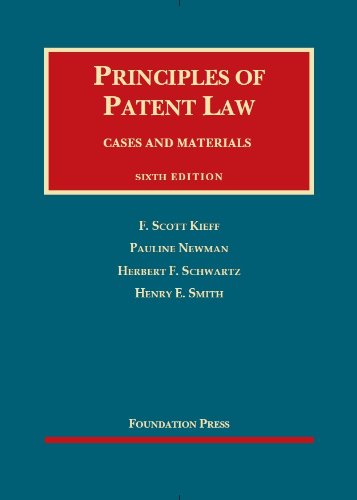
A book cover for Principles of Patent Law (University Casebook Series); F Kieff; Law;